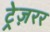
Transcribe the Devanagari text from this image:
ट्रेज़रर